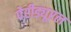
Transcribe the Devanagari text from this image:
पेरीड्यूरल